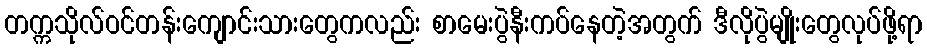
တက္ကသိုလ်ဝင်တန်းကျောင်းသားတွေကလည်း စာမေးပွဲနီးကပ်နေတဲ့အတွက် ဒီလိုပွဲမျိုးတွေလုပ်ဖို့ရာ